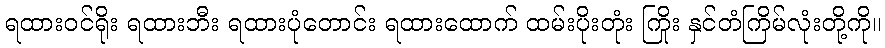
ရထားဝင်ရိုး ရထားဘီး ရထားပုံတောင်း ရထားထောက် ထမ်းပိုးတုံး ကြိုး နှင်တံကြိမ်လုံးတို့ကို။